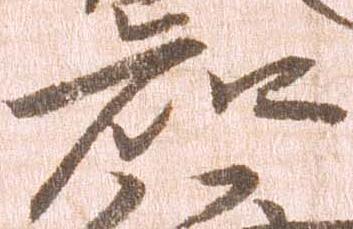
知